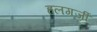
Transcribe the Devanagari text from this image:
हलगर्जी